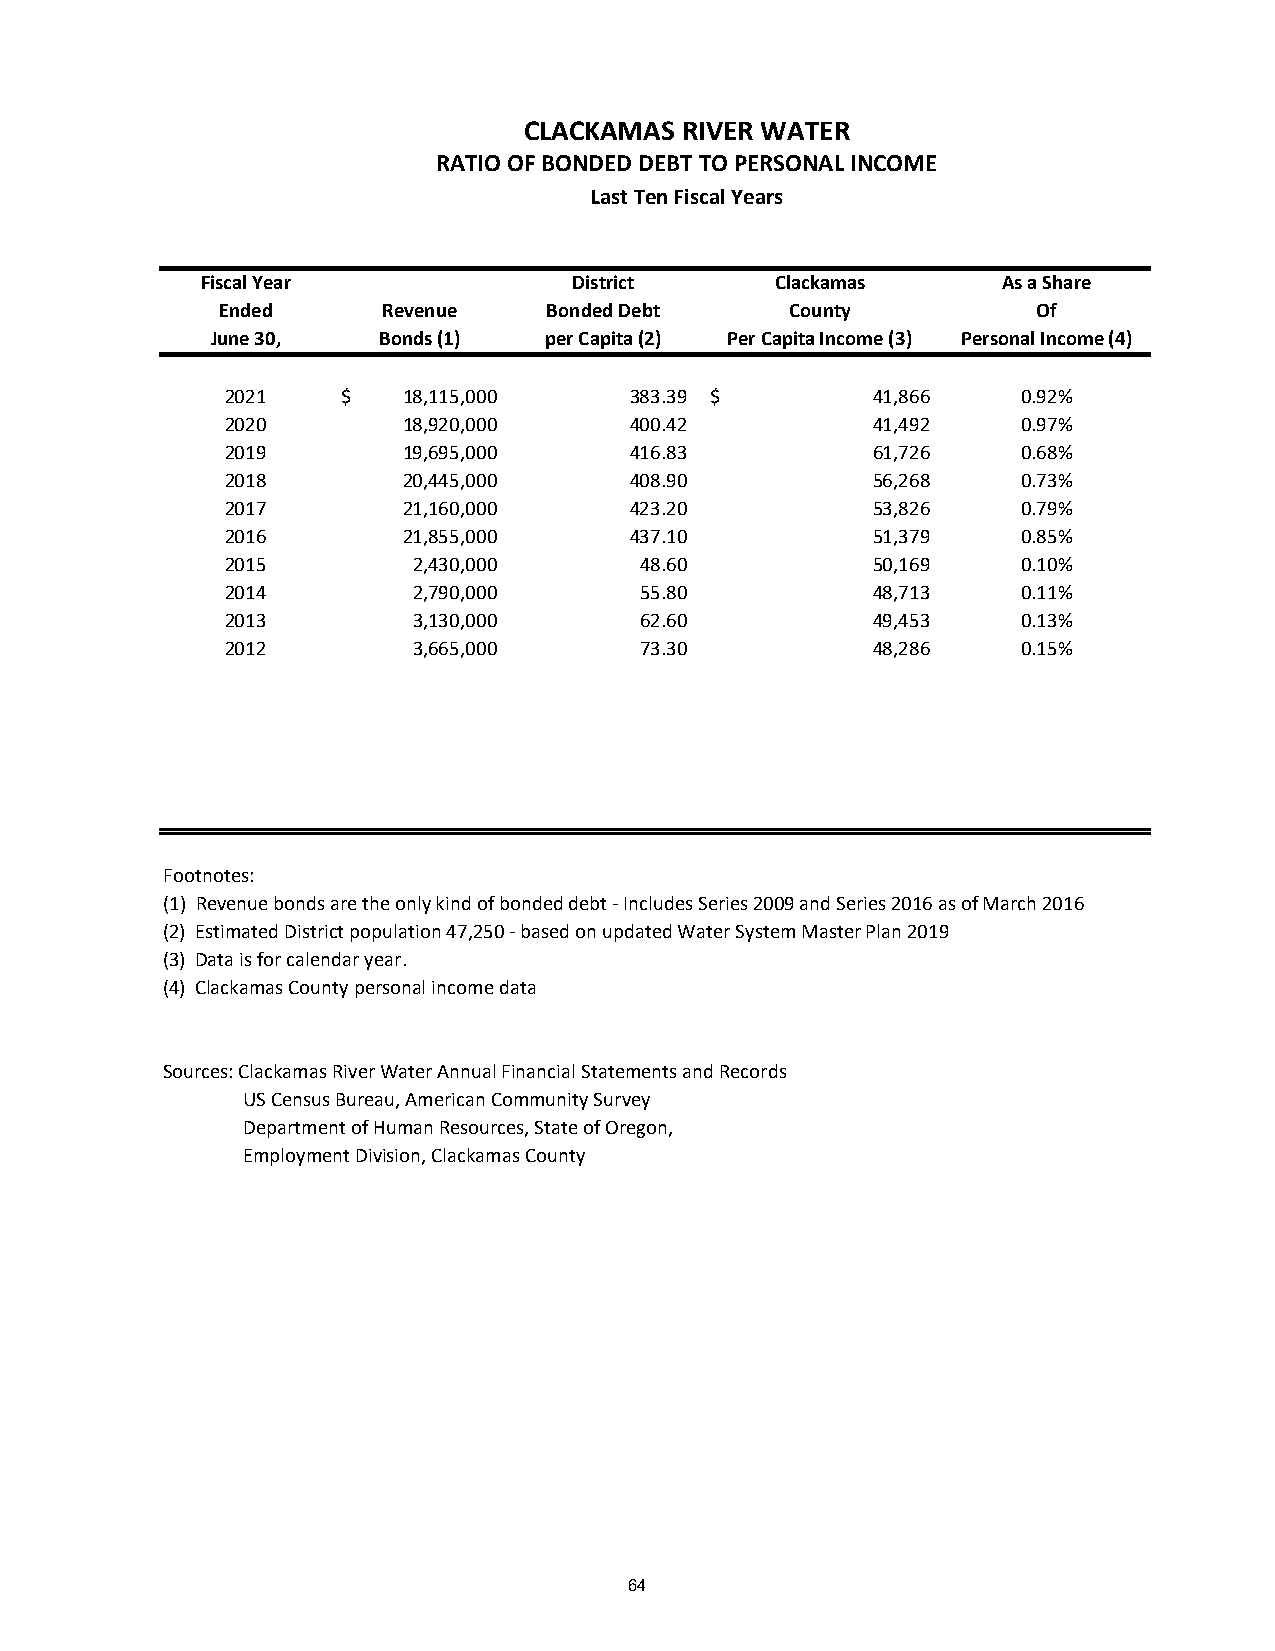
CLACKAMAS RIVER WATER
 RATIO OF BONDED DEBT TO PERSONAL INCOME
 Last Ten Fiscal Years
 Fiscal Year              District     Clackamas      As a Share
 Ended      Revenue    Bonded Debt     County           Of
 June 30,   Bonds (1)  per Capita (2) Per Capita Income (3) Personal Income (4)
 2021    $   18,115,000     383.39 $        41,866    0.92%
 2020        1 8,920,000    400.42          41,492    0.97%
 2019        1 9,695,000    416.83          61,726    0.68%
 2018        2 0,445,000    408.90          56,268    0.73%
 2017        2 1,160,000    423.20          53,826    0.79%
 2016        2 1,855,000    437.10          51,379    0.85%
 2015        2,430,000      48.60           50,169    0.10%
 2014        2,790,000      55.80           48,713    0.11%
 2013        3,130,000      62.60           49,453    0.13%
 2012        3,665,000      73.30           48,286    0.15%
 Footnotes:
 (1) Revenue bonds are the only kind of bonded debt - Includes Series 2009 and Series 2016 as of March 2016
 (2) Estimated District population 47,250 - based on updated Water System Master Plan 2019
 (3) Data is for calendar year.
 (4) Clackamas County personal income data
 Sources: Clackamas River Water Annual Financial Statements and Records
 US Census Bureau, American Community Survey
 Department of Human Resources, State of Oregon,
 Employment Division, Clackamas County
 64